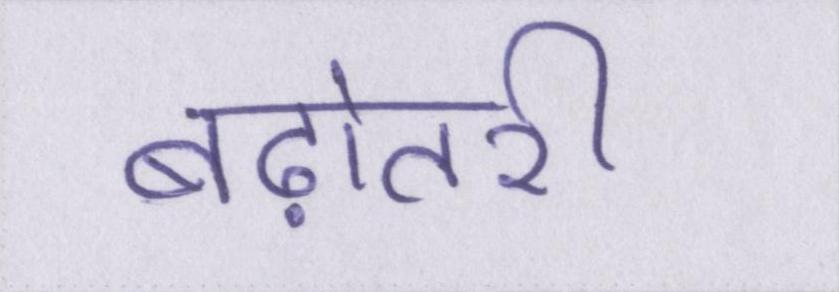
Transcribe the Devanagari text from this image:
बढ़ोतरी